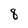
Character: 8